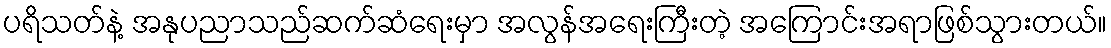
ပရိသတ်နဲ့ အနုပညာသည်ဆက်ဆံရေးမှာ အလွန်အရေးကြီးတဲ့ အကြောင်းအရာဖြစ်သွားတယ်။